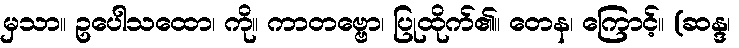
မှသာ။ ဥပေါသထော၊ ကို။ ကာတဗ္ဗော၊ ပြုထိုက်၏။ တေန၊ ကြောင့်။ (ဆန္ဒ၊